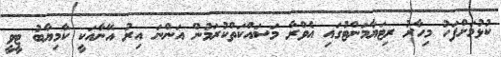
ކުޅުމަށްފަހު މިހާރު ރިޓަޔާމަންޓުގައި އެވްރާ މަސައްކަތްކުރަމުން އަންނަ އިރު އޭނާއަކީ ކާމިޔާބު ޓީވީ